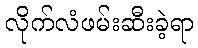
လိုက်လံဖမ်းဆီးခဲ့ရာ